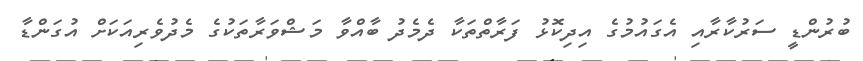
ބުރުންޑީ ސަރުކާރާއި އެގައުމުގެ އިދިކޮޅު ފަރާތްތަކާ ދެމެދު ބާއްވާ މަޝްވަރާތަކުގެ މެދުވެރިއަކަށް އުގަންޑާ